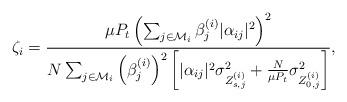
LaTeX: \begin{align*}\zeta_i=\frac{\mu P_t\left(\sum_{j\in\mathcal{M}_i}\beta_j^{(i)} |\alpha_{ij}|^2\right)^2}{N \sum_{j\in\mathcal{M}_i}\left(\beta_j^{(i)}\right)^2\left[|\alpha_{ij}|^2\sigma_{Z_{s,j}^{(i)}}^2+\frac{N}{\mu P_t}\sigma_{Z_{0,j}^{(i)}}^2\right]},\end{align*}